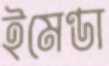
ইমেণ্ডা